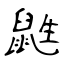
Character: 鼪